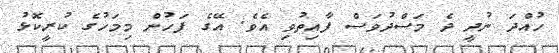
ހުއްދަ ނުދީ ދެ މަސްދުވަސް ފާއިތުވި އެވެ. އޭގެ ފަހުން މިމަހުގެ ކުރީކޮޅު